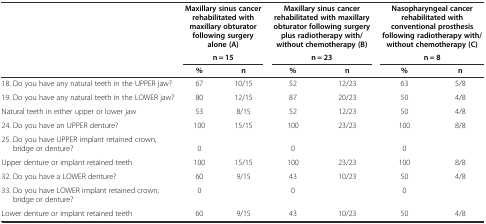
<table><thead><tr><td></td><td colspan="2"><b>Maxillary sinus cancer rehabilitated with maxillary obturator following surgery alone (A)</b></td><td colspan="2"><b>Maxillary sinus cancer rehabilitated with maxillary obturator following surgery plus radiotherapy with/without chemotherapy (B)</b></td><td colspan="2"><b>Nasopharyngeal cancer rehabilitated with conventional prosthesis following radiotherapy with/without chemotherapy (C)</b></td></tr><tr><td></td><td colspan="2"><b>n = 15</b></td><td colspan="2"><b>n = 23</b></td><td colspan="2"><b>n = 8</b></td></tr><tr><td></td><td><b>%</b></td><td><b>n</b></td><td><b>%</b></td><td><b>n</b></td><td><b>%</b></td><td><b>n</b></td></tr></thead><tbody><tr><td>18. Do you have any natural teeth in the UPPER jaw?</td><td>67</td><td>10/15</td><td>52</td><td>12/23</td><td>63</td><td>5/8</td></tr><tr><td>19. Do you have any natural teeth in the LOWER jaw?</td><td>80</td><td>12/15</td><td>87</td><td>20/23</td><td>50</td><td>4/8</td></tr><tr><td>Natural teeth in either upper or lower jaw</td><td>53</td><td>8/15</td><td>52</td><td>12/23</td><td>50</td><td>4/8</td></tr><tr><td>24. Do you have an UPPER denture?</td><td>100</td><td>15/15</td><td>100</td><td>23/23</td><td>100</td><td>8/8</td></tr><tr><td>25. Do you have UPPER implant retained crown, bridge or denture?</td><td>0</td><td></td><td>0</td><td></td><td>0</td><td></td></tr><tr><td>Upper denture or implant retained teeth</td><td>100</td><td>15/15</td><td>100</td><td>23/23</td><td>100</td><td>8/8</td></tr><tr><td>32. Do you have a LOWER denture?</td><td>60</td><td>9/15</td><td>43</td><td>10/23</td><td>50</td><td>4/8</td></tr><tr><td>33. Do you have LOWER implant retained crown, bridge or denture?</td><td>0</td><td></td><td>0</td><td></td><td>0</td><td></td></tr><tr><td>Lower denture or implant retained teeth</td><td>60</td><td>9/15</td><td>43</td><td>10/23</td><td>50</td><td>4/8</td></tr></tbody></table>